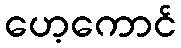
ဟေ့ကောင်